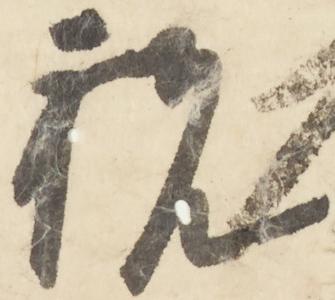
祝